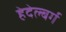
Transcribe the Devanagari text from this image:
हेदेल्बर्ग